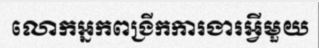
លោកអ្នកពង្រីកការងារអ្វីមួយ